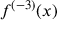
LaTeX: f ^ { ( - 3 ) } ( x )